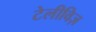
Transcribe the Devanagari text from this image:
टेलीविज़